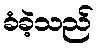
ခံခဲ့သည်